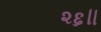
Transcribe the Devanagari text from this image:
२६॥